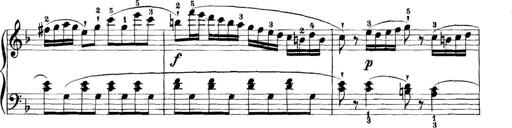
Title: 11 Sonatinas
Composer: Anton Diabelli